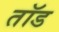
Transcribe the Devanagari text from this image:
तॉड